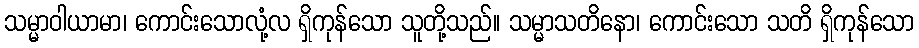
သမ္မာဝါယာမာ၊ ကောင်းသောလုံ့လ ရှိကုန်သော သူတို့သည်။ သမ္မာသတိနော၊ ကောင်းသော သတိ ရှိကုန်သော